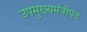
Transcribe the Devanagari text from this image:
उपमुख्यमंत्रीपद